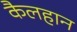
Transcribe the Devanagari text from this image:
कैलहान